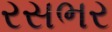
રસભર